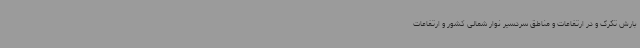
بارش تگرگ و در ارتفاعات و مناطق سردسیر نوار شمالی کشور و ارتفاعات